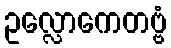
ဥလ္လောကေတဗ္ဗံ